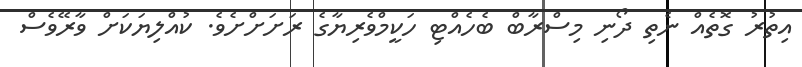
އިތުރު ގޮތެއް ނެތި ދޯނި މިސްރާބް ބެހެއްޓި ހަކީމްވެރިޔާގެ ރަށަށްށެވެ. ކުއްލިޔަކަށް ވާރޭވެސް